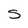
Character: s